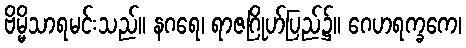
ဗိမ္မိသာရမင်းသည်။ နဂရေ၊ ရာဇဂြိုဟ်ပြည်၌။ ဂေဟရက္ခကေ၊